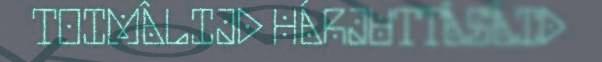
TOIMÂLIJD HÁRJUTTÂSÂID